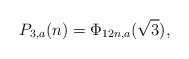
LaTeX: \begin{align*} P_{3,a}(n)=\Phi_{12n,a}(\sqrt{3}),\end{align*}